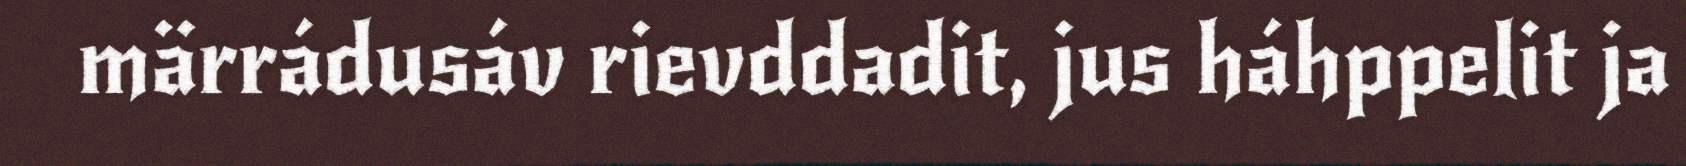
märrádusáv rievddadit, jus háhppelit ja